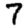
Digit: 7